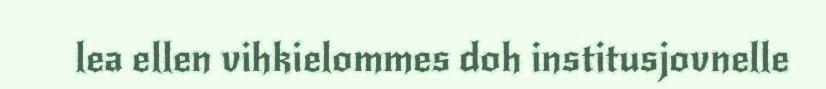
lea ellen vihkielommes doh institusjovnelle